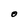
Character: O